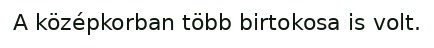
A középkorban több birtokosa is volt.